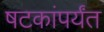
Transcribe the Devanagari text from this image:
षटकांपर्यंत